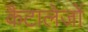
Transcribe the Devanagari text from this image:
कैटालेजों